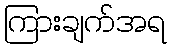
ကြားချက်အရ